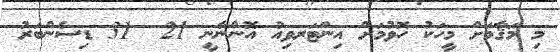
މި މަޤާމަށް މީހަކު ހޮވުމަށް އިންޓަރވިއު އޮންނާނީ 21  31 ޑިސެންބަރު